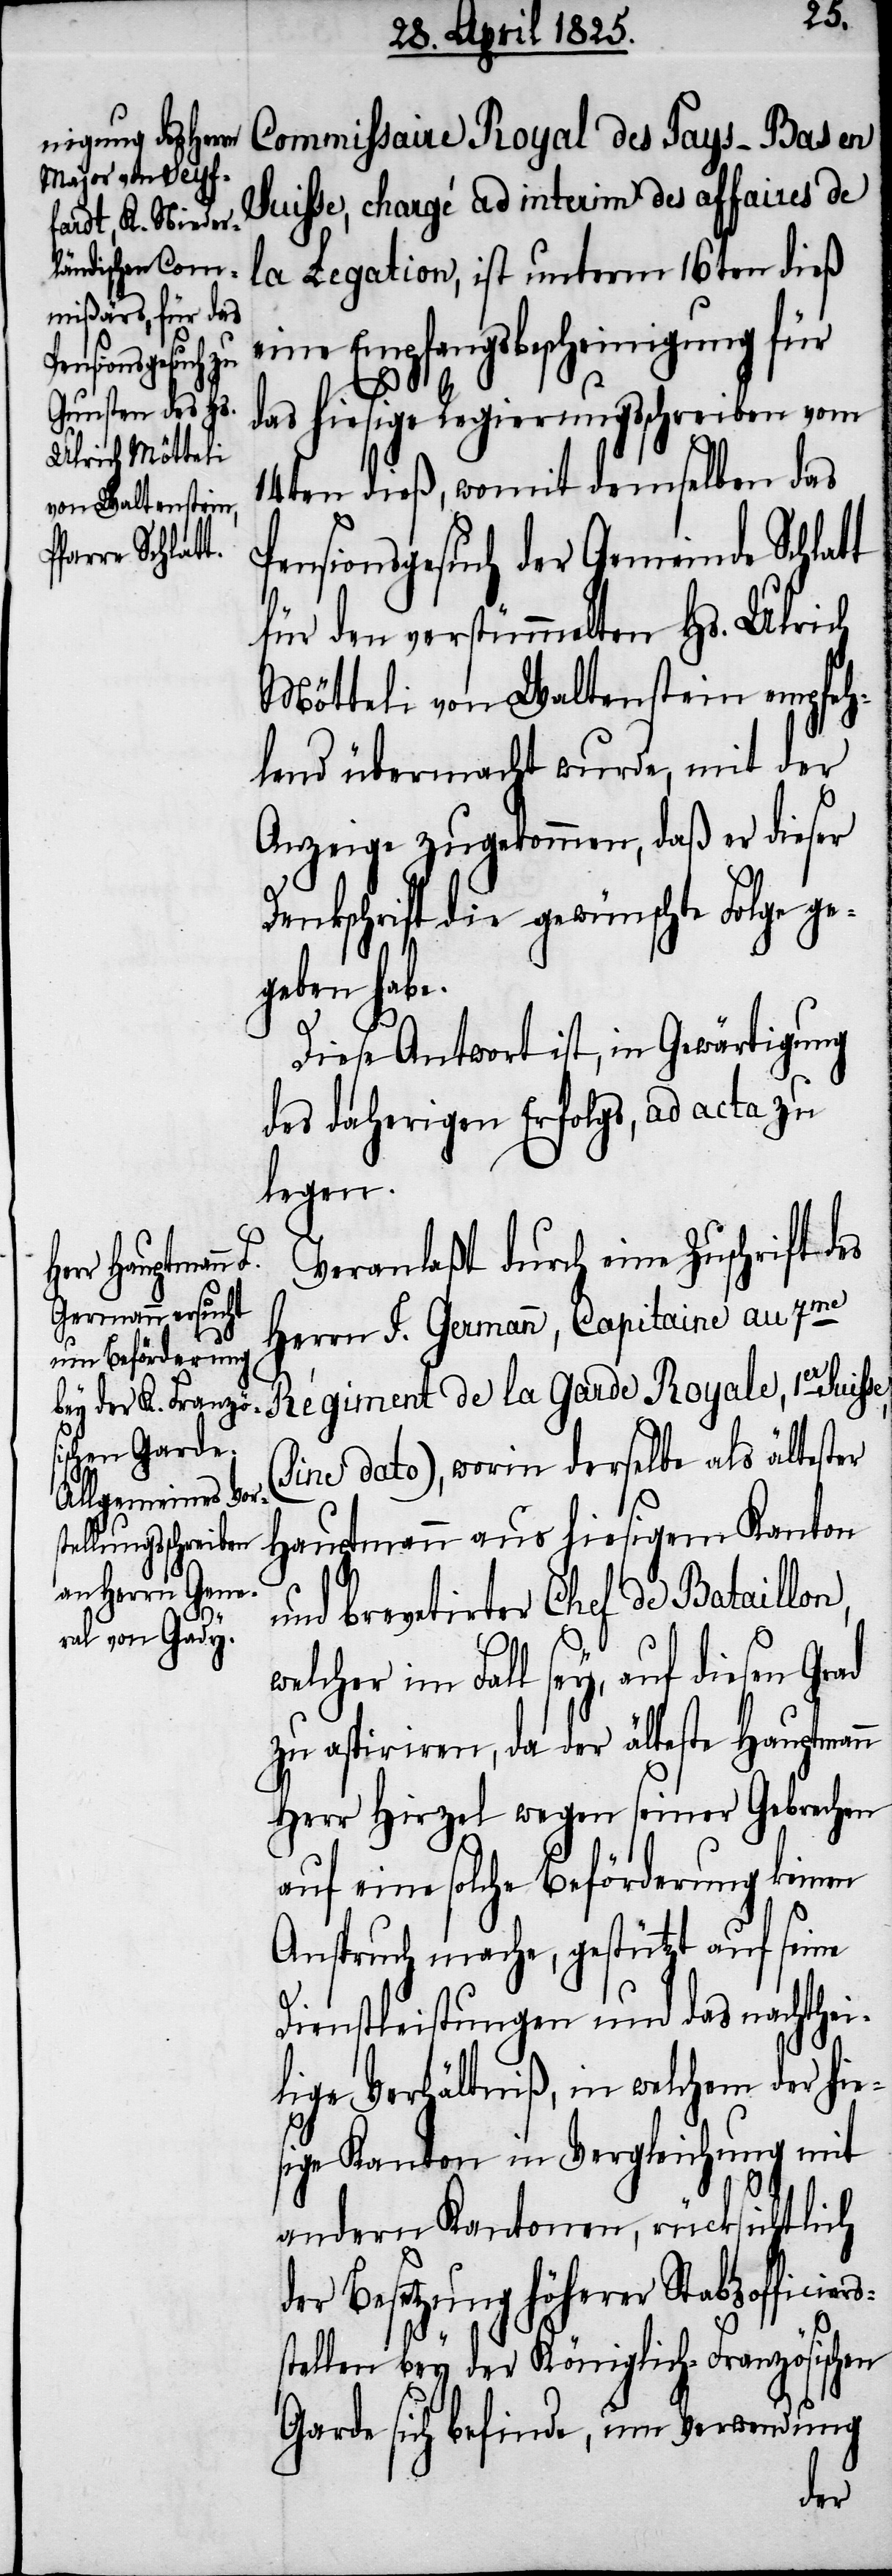
Commissaire Royal des Pays-Bas en
Suisse, chargé ad interim des affaires de
Legation, ist unterm 16ten dieß
eine Empfangsbescheinigung für
das hiesige Regierungsschreiben vom
14ten dieß, womit demselben das
Pensionsgesuch der Gemeinde Schlatt
für den verstümmelten Hs. Ulrich
Mötteli von Waltenstein empfeh¬
lend übermacht wurde, mit der
Anzeige zugekommen, daß er dieser
Denkschrift die gewünschte Folge ge¬
geben habe.
Diese Antwort ist, in Gewärtigung
des daherigen Erfolgs, ad acta zu
legen.
Veranlaßt durch eine Zuschrift des
Herrn S. Germann, Capitaine au 7me
(Sine dato), worin derselbe als ält¬
ester Hauptmann aus hiesigem Kanton
la Garde Roya¬
und brevetirter Chef de Bataillon,
welcher im Fall sey, auf diesen Grad
zu aspiriren, da der älteste Hauptmann
Herr Hirzel wegen seiner Gebrechen
auf eine solche Beförderung keinen
Anspruch mache, gestützt auf seine
Dienstleistungen und das nachthei¬
lige Verhältniß, in welchem der hie¬
sige Kanton in Vergleichung mit
andern Kantonen, rücksichtlich
der Besetzung höherer Stabsofficier¬
s¬
stellen bey der Königlich-Französischen
Garde sich befinde, um Verwendung
1er